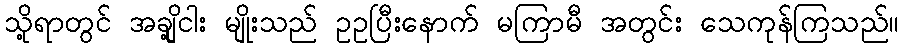
သို့ရာတွင် အချို့ငါး မျိုးသည် ဥဥပြီးနောက် မကြာမီ အတွင်း သေကုန်ကြသည်။